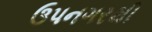
ઉપનગરથી